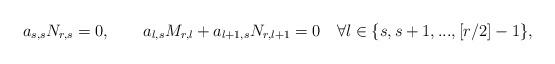
LaTeX: \begin{align*}a_{s,s}N_{r,s}=0,\quad\quad a_{l,s}M_{r,l}+a_{l+1,s}N_{r,l+1}=0\quad\forall l\in\{s,s+1,...,[r/2]-1\},\end{align*}